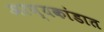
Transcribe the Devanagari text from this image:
अरण्यकांडात